Punjab Mental Hospital Lahore 1922-31 - 1922-1931
Year: 1922
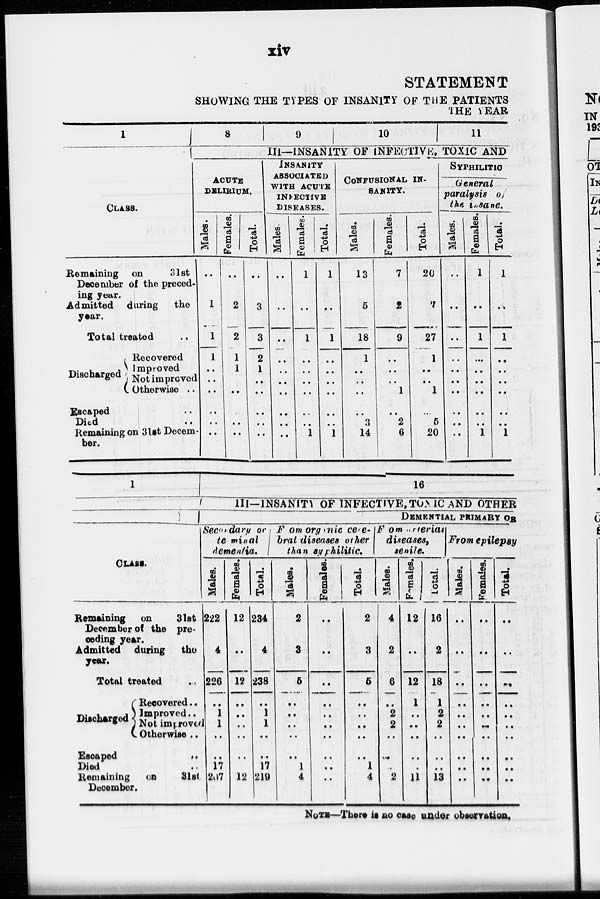
xiv
STATEMENT
SHOWING THE TYPES OF INSANITY OF THE PATIENTS
THE YEAR
1
CLASS.
Remaining on
31st
December of the preced-
ing year.
Admitted during the
year.
Total treated ..
Discharged
Recovered
Improved
Not improved
Otherwise ..
Escaped ..
Died ..
Remaining on 31st Decem
ber.
8
9
10
11
III—INSANITY OF INFECTIVE, TOXIC AND
ACUTE
DELIRIUM.
Males.
..
1
1
1
..
..
..
..
..
..
Females.
..
2
2
1
1
..
..
..
..
..
Total.
..
3
3
2
1
..
..
..
..
..
INSANITY
ASSOCIATED
WITH ACUTE
INFECTIVE
DISEASES.
Males.
..
..
..
..
..
..
..
..
..
..
Females.
1
..
1
..
..
..
..
..
..
1
Total.
1
..
1
..
..
..
..
..
..
1
CONFUSIONAL IN-
SANITY.
Males.
13
5
18
1
..
..
..
..
3
14
Females.
7
2
9
..
..
..
1
..
2
6
Total.
20
7
27
1
..
..
1
..
5
20
SYPHILITIC
General
paralysis of
the Insane.
Males.
..
..
..
..
..
..
..
..
..
..
Females.
1
..
1
..
..
..
..
..
..
1
Total.
1
..
1
..
..
..
..
..
..
1
1
CLASS.
Remaining on
31st
December of the pre-
ceding year.
Admitted during the
year.
Total treated
..
Discharged
Recovered ..
Improved ..
Not improved
Otherwise ..
Escaped
..
Died ..
Remaining
on
31st
December.
16
III—INSANITY OF INFECTIVE, TONIC AND OTHER
DEMENTIAL PRIMARY OR
Secondary or
terminal
dementia.
Males.
222
4
226
..
1
1
..
..
17
207
Females.
12
..
12
..
..
..
..
..
..
12
Total.
234
4
238
..
1
1
..
..
17
219
From organic cere¬
bral diseases other
than
syphilitic.
Males.
2
3
6
..
..
..
..
..
1
4
Females.
..
..
..
..
..
..
..
..
..
..
Total.
2
3
6
..
..
..
..
..
1
4
From arterial
diseases,
senile.
Males.
4
2
6
..
2
2
..
..
..
2
Females.
12
..
12
1
..
..
..
..
..
11
Total.
16
2
18
1
2
2
..
..
..
13
From epilepsy
Males.
..
..
..
..
..
..
..
..
..
..
Females.
..
..
..
..
..
..
..
..
..
..
Total.
..
..
..
..
..
..
..
..
..
..
NOTE—There is no case under observation.